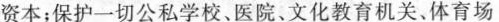
资本；保护一切公私学校、医院、文化教育机关、体育场